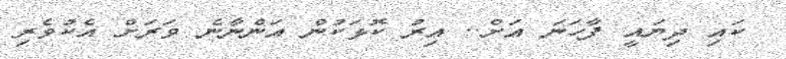
ކައި ދިޔައީ ފާހަނަ އަށް.. އިރު ކޮޅަކުން އަންނާނެ ވަރަށް އެކުވެރި